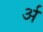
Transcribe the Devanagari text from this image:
र्अ